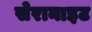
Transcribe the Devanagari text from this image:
सेरानाइट